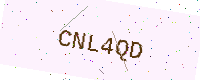
Text: CNL4QD